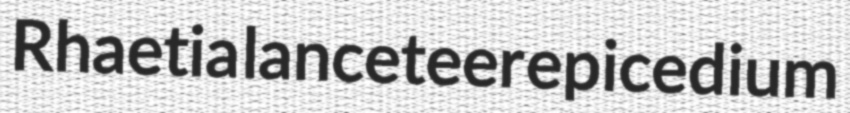
Rhaetia lanceteer epicedium